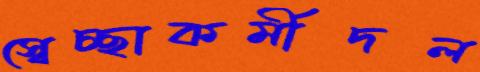
স্বেচ্ছাকর্মীদল